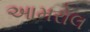
આમરોલ